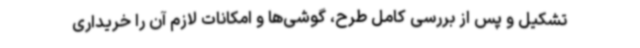
تشکیل و پس از بررسی کامل طرح، گوشی‌ها و امکانات لازم آن را خریداری